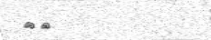
٣٢